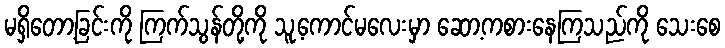
မရှိတော့ခြင်းကို ကြက်သွန်တို့ကို သူ့ကောင်မလေးမှာ ဆော့ကစားနေကြသည်ကို သေးစေ